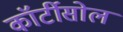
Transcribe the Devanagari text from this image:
कॉर्टीसोल